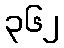
၃၆၂